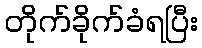
တိုက်ခိုက်ခံရပြီး